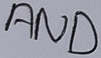
Text: AND